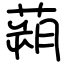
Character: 蒴